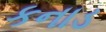
કનાડ